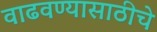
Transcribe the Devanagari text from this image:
वाढवण्यासाठीचे